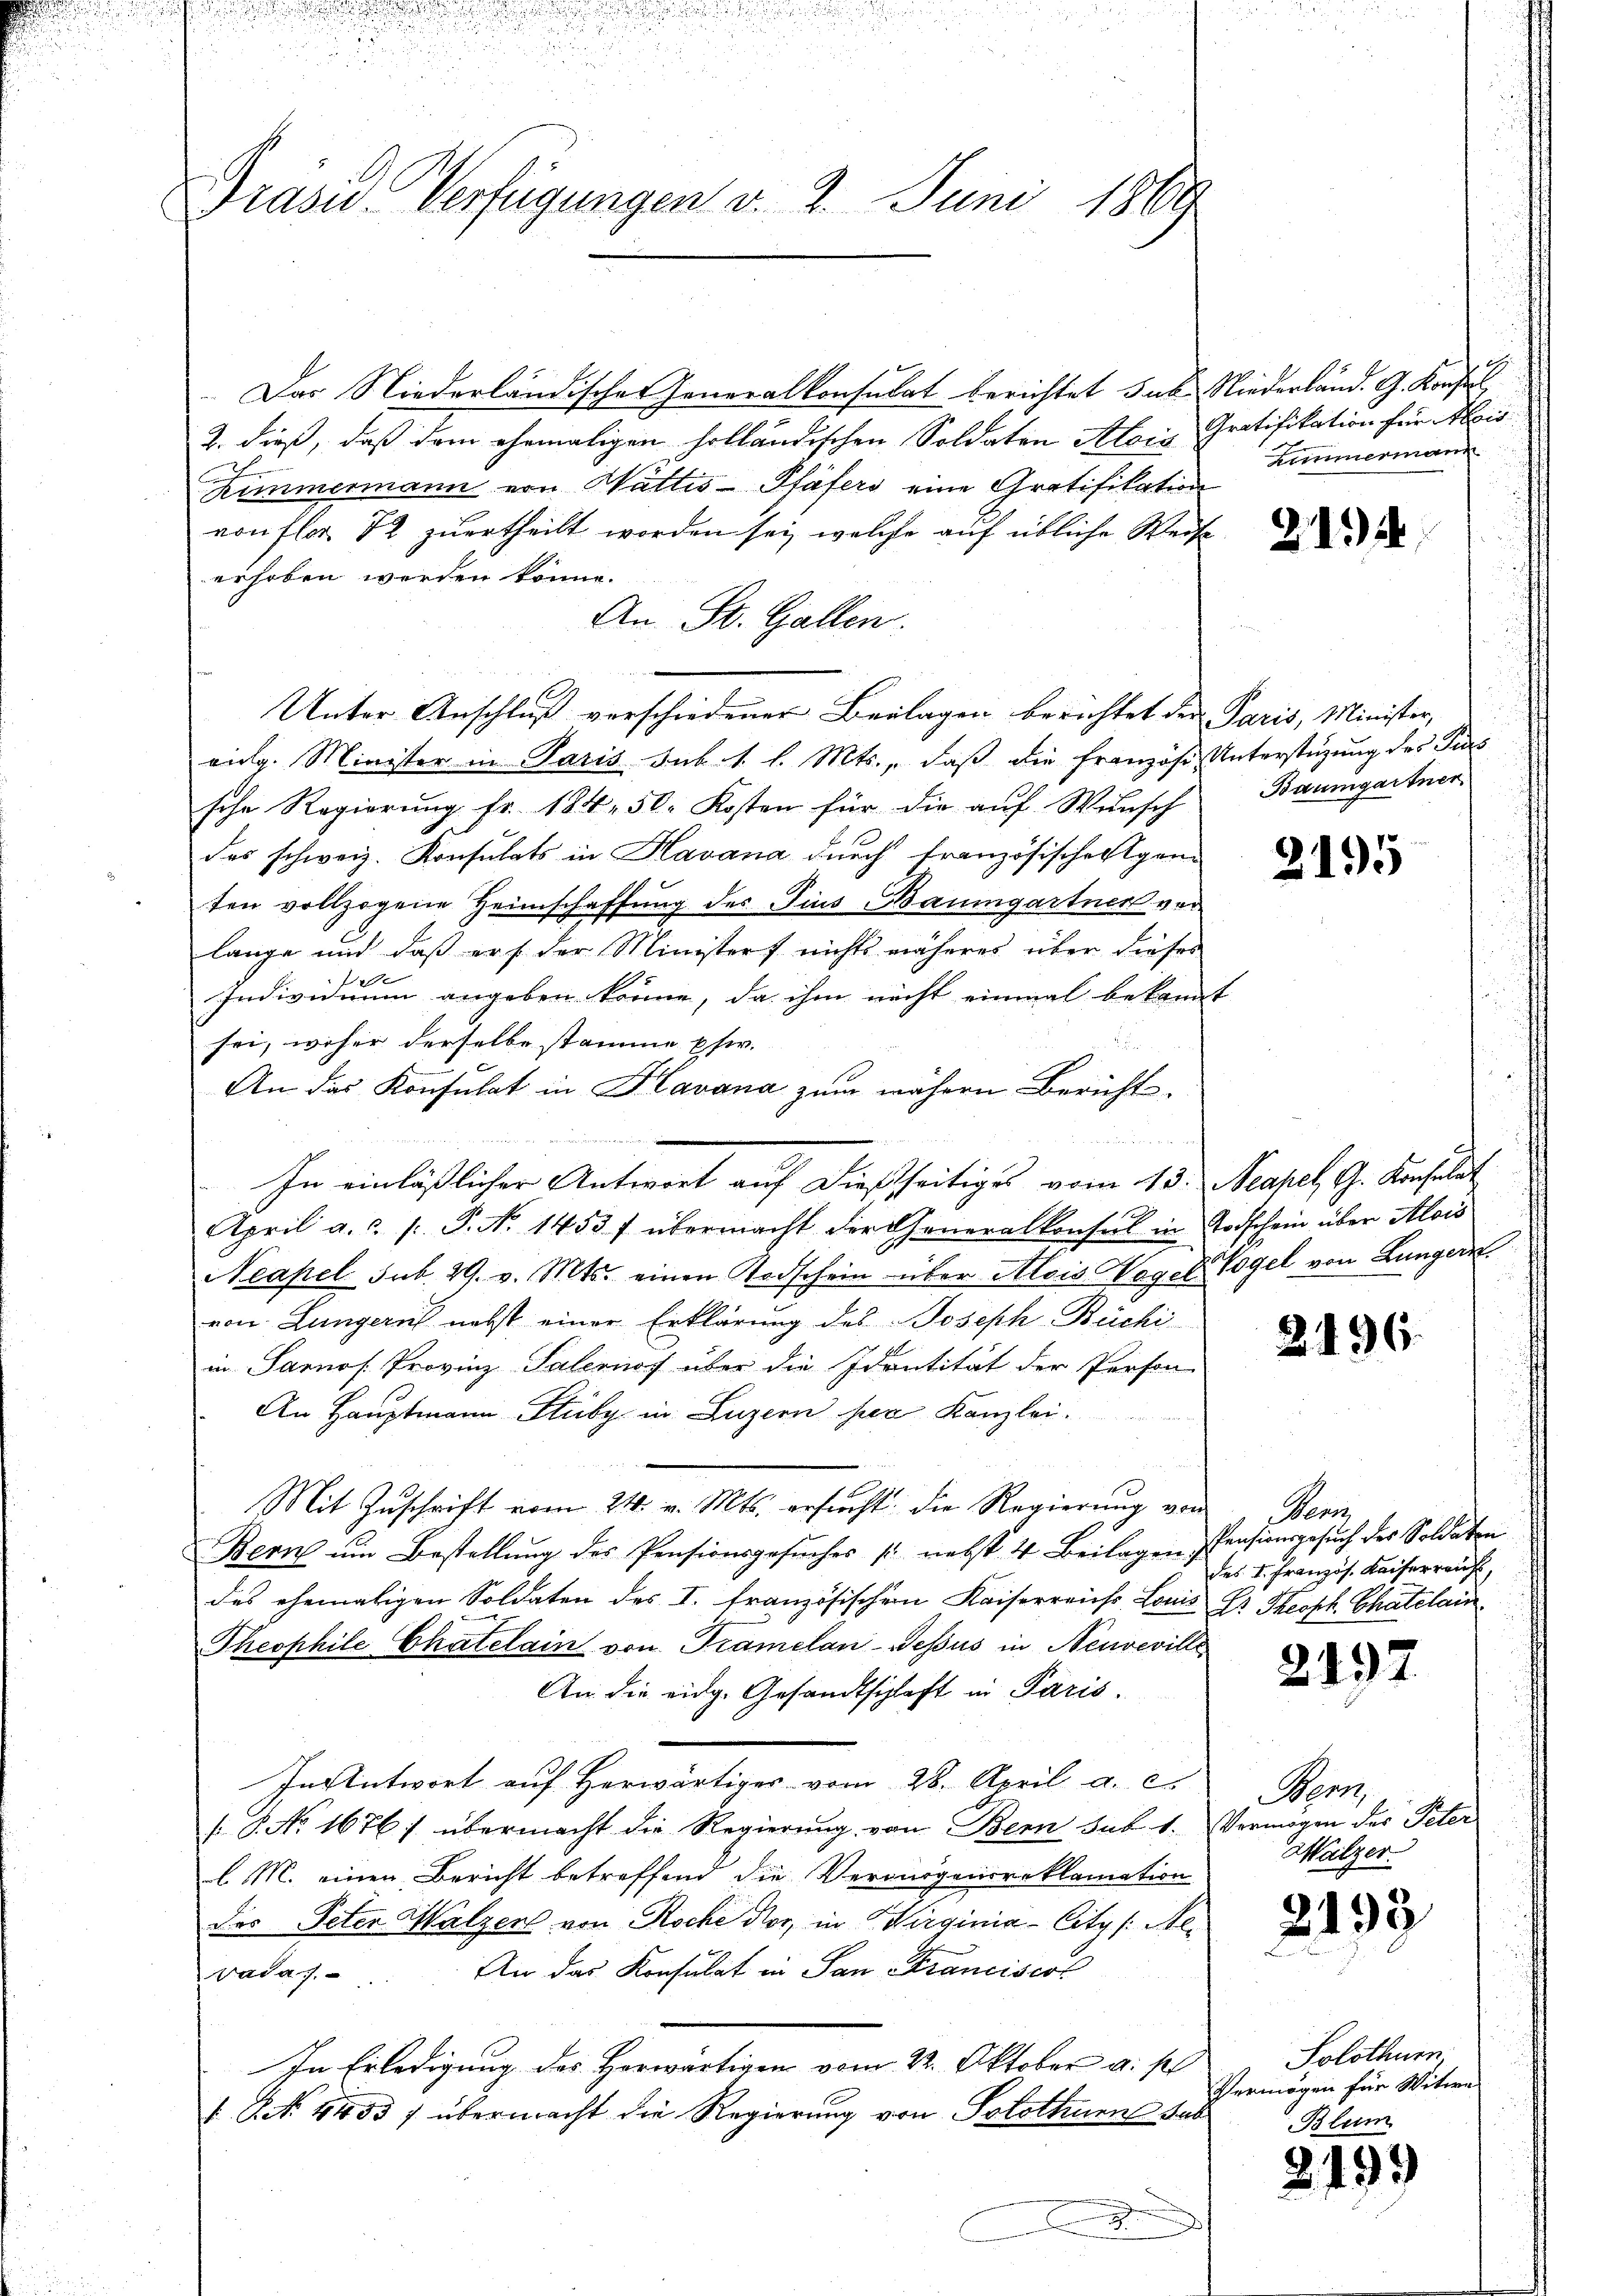
Drasu Verfügungen v. 2. Juni 1869

Unter Anschluß verschiedener Beilagen berichtet der Paris, Minister,

In einläßlicher Antwort auf dießseitiges vom 13. Neapel, G. Konsulat

Das Niederländischer Generalkonsulat berichtet sub. Niederland. G. Konsul
2. dieß, daß dem ehemaligen holländischen Soldaten Alois
Zimmermann von Wattis-Pfäfers eine Gratifikation
von flor 12 zu ertheilt worden sei, welche auf übliche Weise
erhoben werden könne.
An St. Gallen.
vidg. Minister in Paris sub. 1. l. Mts., daß die Französi, Unterstüzung des Pis
sche Regierung fr. 184. 50. Kosten für die auf Wunsch
des schweiz. Konsulats in Havana durch Französischerigend
ten vollzogene Heimschaffung des Pius Baumgartner vor
lange und daß er der Ministers nichts näheres über dieses
xx
Individuum angeben könne, da ihm nicht einmal bekannt
sei, woher derselbe stamme Ehe.
An das Konsulat in Havana zum nähern Bericht
April a. c. 1. P. No 1453 f übermacht der Generalkonsul in Todschein über Alois
Neapel sub. 29. v. Mts. einen Todschein über Alois Wegel Vogel von Lungern.
von Lungerich nebst einer Erklärung des Joseph Büchiin Sarnos. Provinz-Salernof über die Identität der Person
An Hauptmann Stuby in Luzern her Kanzlei.
Mit Zuschrift vom 24. v. Mts. ersucht, die Regierung von
Bern ŭm Bestellŭng des Pensionsgesŭches /: nebst 4 Beilagen Pensionsgesŭch des Soldaten
des ehemaligen Soldaten des I. französischen Kaiserreichs Louis Dr. Theoph. Chatelain¬
Theophile Chatelain von Tramelan-Gessus in Neuveville
An die eidg. Gesandtschaft in Paris.
In Antwort auf herwärtiges vom 28. April a. c.
.P. No. 1676 f übermacht die Regierung von Bern sub. 1. Vermögen des Peter
l. M. einen Bericht betreffend die Verorgancreklamation
des Peten Walzen von Roche vor, in Wirginia-Citz /: Aeradaf.. An das Konsulat in San Stranciscot
In Erledigung des Horwärtigen vom 22. Oktober a. p
1 No 1453 f übermacht die Regierung von Solothurn sub

.

Gratifikation für Alois
Himmermann

21

Baumgartner

2195

2496.

Pens
des I. Französ. Kaiserrauf,

2492

Apost
Walzer.

2193

Solothurn,
Vermögen für Witwe
Blum

2)

199